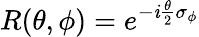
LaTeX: R(\theta,\phi)=e^{-\mathit{i}\frac{{\theta}}{{2}}\sigma_{\phi}}